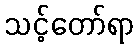
သင့်တော်ရာ